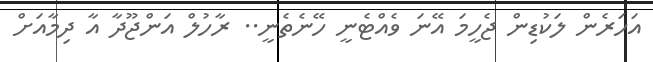
އަހަރެން ލަކުޑިން ޖެހީމަ އޭނަ ވެއްޓެނީ ހޭނެތެނީ.. ރާހުލް އަންޖޫދާ އާ ދިމާއަށް